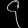
Digit: ၄